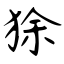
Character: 狳